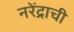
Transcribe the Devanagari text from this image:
नरेंद्राची